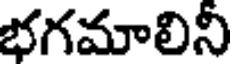
భగమాలిని